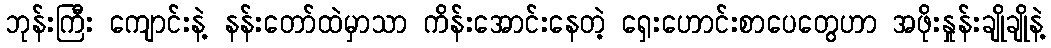
ဘုန်းကြီး ကျောင်းနဲ့ နန်းတော်ထဲမှာသာ ကိန်းအောင်းနေတဲ့ ရှေးဟောင်းစာပေတွေဟာ အဖိုးနှုန်းချိုချိုနဲ့